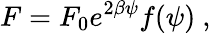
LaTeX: F=F_{0}e^{2\beta\psi}f(\psi)\ ,